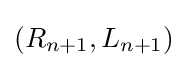
(R_{n+1},L_{n+1})